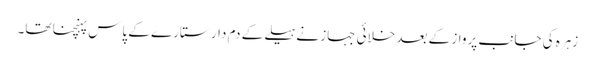
زہرہ کی جانب پرواز کے بعد خلائی جہاز نے ہیلے کے دم دار ستارے کے پاس پہنچنا تھا۔